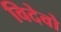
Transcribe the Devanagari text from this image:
विदेवो